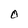
Character: O